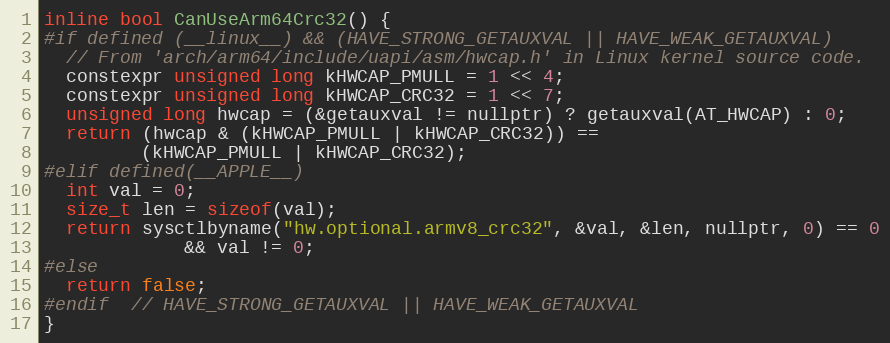
Language: C
inline bool CanUseArm64Crc32() {
#if defined (__linux__) && (HAVE_STRONG_GETAUXVAL || HAVE_WEAK_GETAUXVAL)
  // From 'arch/arm64/include/uapi/asm/hwcap.h' in Linux kernel source code.
  constexpr unsigned long kHWCAP_PMULL = 1 << 4;
  constexpr unsigned long kHWCAP_CRC32 = 1 << 7;
  unsigned long hwcap = (&getauxval != nullptr) ? getauxval(AT_HWCAP) : 0;
  return (hwcap & (kHWCAP_PMULL | kHWCAP_CRC32)) ==
         (kHWCAP_PMULL | kHWCAP_CRC32);
#elif defined(__APPLE__)
  int val = 0;
  size_t len = sizeof(val);
  return sysctlbyname("hw.optional.armv8_crc32", &val, &len, nullptr, 0) == 0
             && val != 0;
#else
  return false;
#endif  // HAVE_STRONG_GETAUXVAL || HAVE_WEAK_GETAUXVAL
}